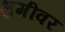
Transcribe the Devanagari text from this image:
भुमीवर